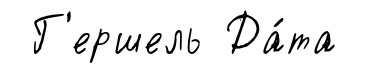
Г'ершель Да́та